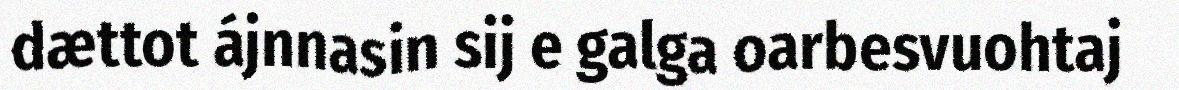
dættot ájnnasin sij e galga oarbesvuohtaj